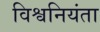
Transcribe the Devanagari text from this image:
विश्वनियंता